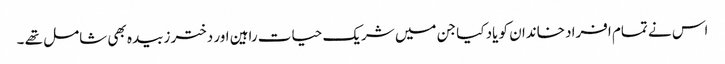
اس نے تمام افراد خاندان کو یاد کیا جن میں شریک حیات راہین اور دختر زبیدہ بھی شامل تھے ۔